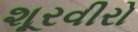
શૂરવીરો